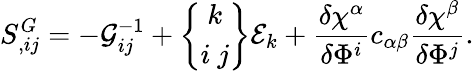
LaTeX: S_{,ij}^{G}=-{\cal G}_{ij}^{-1}+\left\{ \begin{array}{c}{{k}}\\ {{i\ j}}\end{array}\right\} {\cal E}_{k}+\frac{\delta\chi^{\alpha}}{\delta\Phi^{i}}c_{\alpha\beta}\frac{\delta\chi^{\beta}}{\delta\Phi^{j}}.